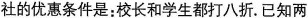
社的优惠条件是：校长和学生都打八折。已知两